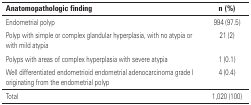
<table><thead><tr><td><b>Anatomopathologic finding</b></td><td><b>n (%)</b></td></tr></thead><tbody><tr><td>Endometrial polyp</td><td>994 (97.5)</td></tr><tr><td>Polyp with simple or complex glandular hyperplasia, with no atypia or with mild atypia</td><td>21 (2)</td></tr><tr><td>Polyps with areas of complex hyperplasia with severe atypia</td><td>1 (0.1)</td></tr><tr><td>Well differentiated endometrioid endometrial adenocarcinoma grade I originating from the endometrial polyp</td><td>4 (0.4)</td></tr><tr><td>Total</td><td>1,020 (100)</td></tr></tbody></table>